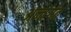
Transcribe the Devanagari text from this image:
अर्न्तर्गत